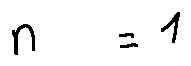
n = 1